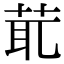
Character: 𦯍